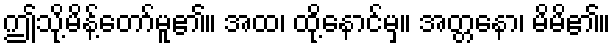
ဤသို့မိန့်တော်မူ၏။ အထ၊ ထို့နောင်မှ။ အတ္တနော၊ မိမိ၏။